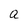
Character: Q